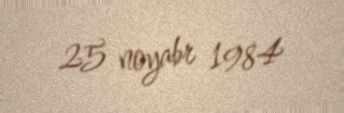
25 noyabr 1984